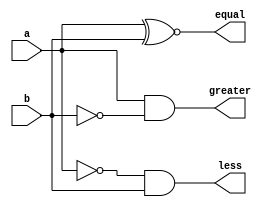
`timescale 1ns / 1ps
module onebitcmp(equal,greater,less,a,b);
    output equal, greater, less;
    input a, b;
    
    assign equal = a ^~ b;
    assign greater = a & (~b);
    assign less = (~a) & b; 
endmodule